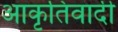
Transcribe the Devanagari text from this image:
आकृतिवादी